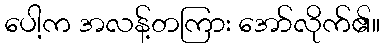
ပေါ့က အလန့်တကြား အော်လိုက်၏။